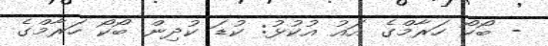
- ބޯކޯ ހަރާމްގެ އައު އުކުޅު: ކުޑަ ކުދިން ބޯކޯ ހަރާމްގެ